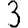
Digit: 3